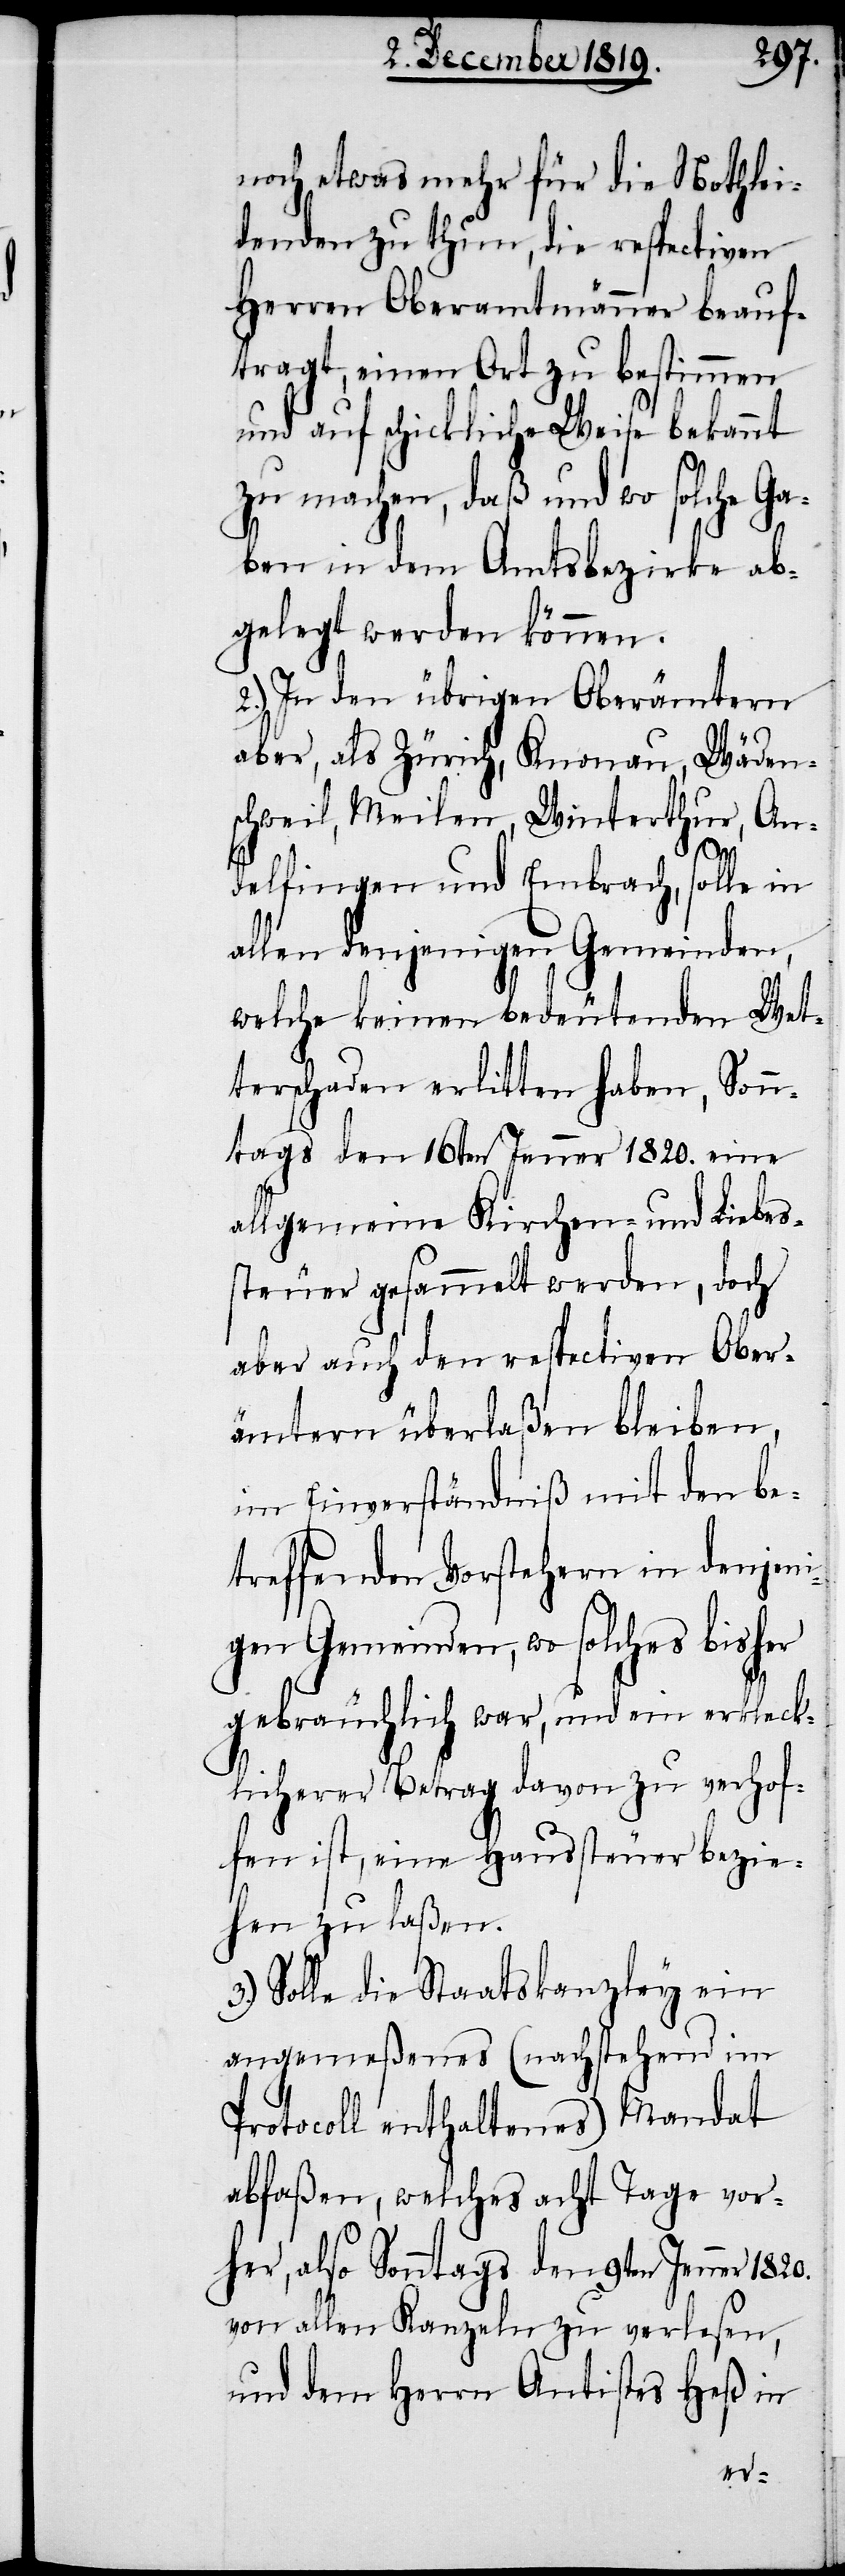
noch etwas mehr für die Nothlei¬
denden zu thun, die respectiven
Herren Oberamtmänner beauf¬
tragt, einen Ort zu bestimmen
und auf schickliche Weise bekannt
zu machen, daß und wo solche Ga¬
ben in dem Amtsbezirke ab¬
gelegt werden können.
2.) In den übrigen Oberämtern
aber, als Zürich, Knonau, Wäden¬
schweil, Meilen, Winterthur, An¬
delfingen und Embrach, solle in
allen denjenigen Gemeinden,
welche keinen bedeutenden Wet¬
terschaden erlitten haben, Sonn¬
tags den 16ten Jenner 1820. eine
allgemeine Kirchen- und Liebes¬
steuer gesammelt werden, doch
aber auch den respectiven Ober¬
ämtern überlaßen bleiben,
im Einverständniß mit den be¬
treffenden Vorstehern in denjeni¬
gen Gemeinden, wo solches bisher
gebräuchlich war, und ein erkleck¬
licherer Betrag davon zu verhof¬
fen ist, eine Haussteuer bezie¬
hen zu laßen.
3.) Solle die Staatskanzley ein
angemeßenes (nachstehend im
Protocoll enthaltenes) Mandat
abfaßen, welches acht Tage vor¬
her, also Sonntags den 9ten Jenner
von allen Kanzeln zu verlesen,
und dem Herrn Antistes Heß in